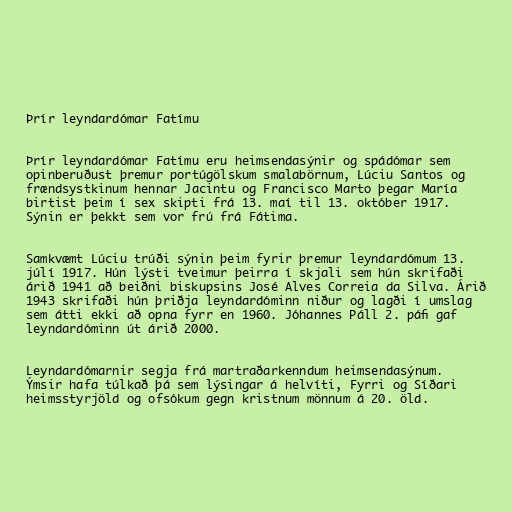
Þrír leyndardómar Fatímu

Þrír leyndardómar Fatímu eru heimsendasýnir og spádómar sem
opinberuðust þremur portúgölskum smalabörnum, Lúciu Santos og
frændsystkinum hennar Jacintu og Francisco Marto þegar María
birtist þeim í sex skipti frá 13. maí til 13. október 1917.
Sýnin er þekkt sem vor frú frá Fátima.

Samkvæmt Lúciu trúði sýnin þeim fyrir þremur leyndardómum 13.
júlí 1917. Hún lýsti tveimur þeirra í skjali sem hún skrifaði
árið 1941 að beiðni biskupsins José Alves Correia da Silva. Árið
1943 skrifaði hún þriðja leyndardóminn niður og lagði í umslag
sem átti ekki að opna fyrr en 1960. Jóhannes Páll 2. páfi gaf
leyndardóminn út árið 2000.

Leyndardómarnir segja frá martraðarkenndum heimsendasýnum.
Ýmsir hafa túlkað þá sem lýsingar á helvíti, Fyrri og Síðari
heimsstyrjöld og ofsókum gegn kristnum mönnum á 20. öld.